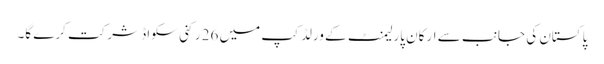
پاکستان کی جانب سے ارکان پارلیمنٹ کے ورلڈ کپ میں 26 رکنی سکواڈ شرکت کرے گا۔